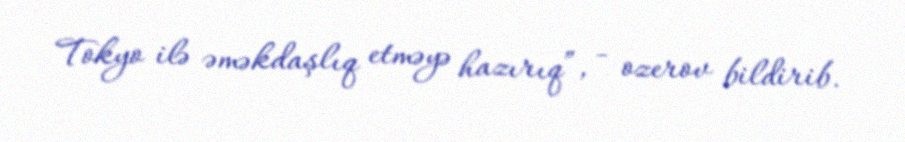
Tokyo ilə əməkdaşlıq etməyə hazırıq”, - ozerov bildirib.